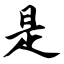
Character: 是